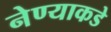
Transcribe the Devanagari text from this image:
नेण्याकडे